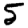
Digit: 5